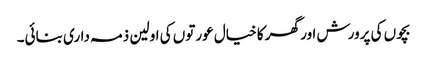
بچوں کی پرورش اور گھر کا خیال عورتوں کی اولین ذمہ داری بنائی۔